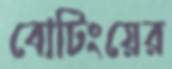
বোটিংয়ের